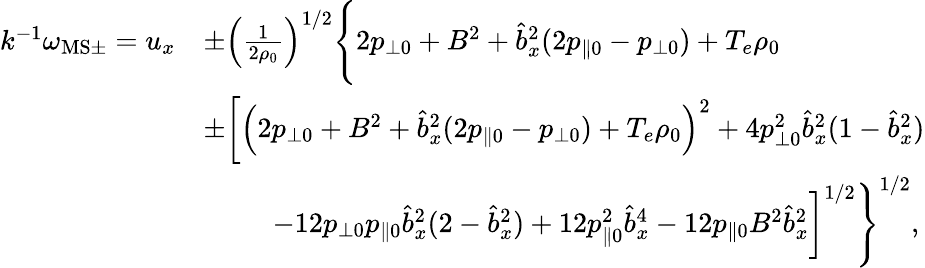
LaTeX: \begin{array}{rl}{k^{-1}\omega_{\mathrm{MS}\pm}=u_{x}}&{\pm\left(\frac{1}{2\rho_{0}}\right)^{1/2}\Bigg\{ 2p_{\perp 0}+B^{2}+\hat{b}_{x}^{2}(2p_{\| 0}-p_{\perp 0})+T_{e}\rho_{0}}\\ &{\pm\bigg[\left(2p_{\perp 0}+B^{2}+\hat{b}_{x}^{2}(2p_{\| 0}-p_{\perp 0})+T_{e}\rho_{0}\right)^{2}+4p_{\perp 0}^{2}\hat{b}_{x}^{2}(1-\hat{b}_{x}^{2})}\\ &{\qquad\: \: -12p_{\perp 0}p_{\| 0}\hat{b}_{x}^{2}(2-\hat{b}_{x}^{2})+12p_{\| 0}^{2}\hat{b}_{x}^{4}-12p_{\| 0}B^{2}\hat{b}_{x}^{2}\bigg]^{1/2}\Bigg\} ^{1/2},}\end{array}